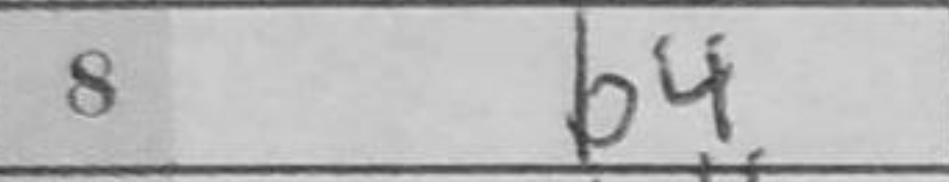
Transcription: b4